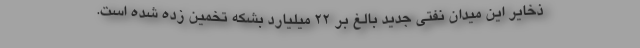
ذخایر این میدان نفتی جدید بالغ بر ۲۲ میلیارد بشکه تخمین زده شده است.